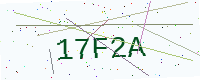
Text: 17F2A